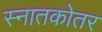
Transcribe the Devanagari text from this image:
स्‍नातकोतर